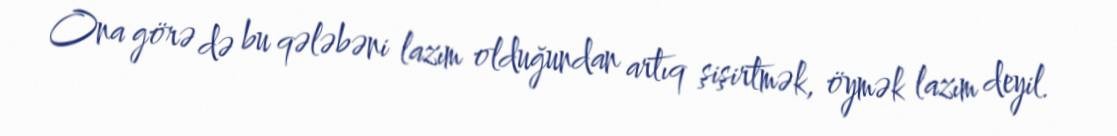
Ona görə də bu qələbəni lazım olduğundan artıq şişirtmək, öymək lazım deyil.